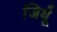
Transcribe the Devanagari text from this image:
जियूँ